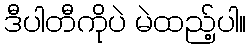
ဒီပါတီကိုပဲ မဲထည့်ပါ။